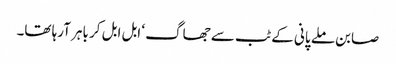
صابن ملے پانی کے ٹب سے جھاگ ‘ ابل ابل کر باہر آرہا تھا۔